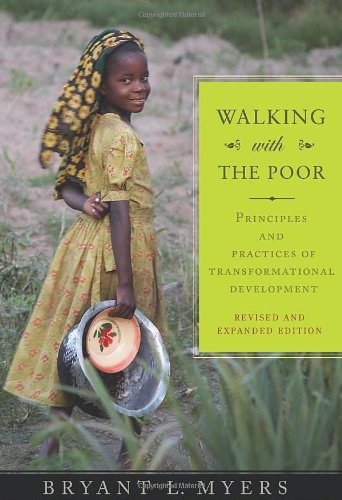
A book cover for Walking with the Poor: Principles and Practices of Transformational Development; Bryant Myers; Christian Books & Bibles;